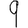
Digit: 9